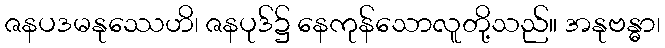
ဇနပဒမနုဿေဟိ၊ ဇနပုဒ်၌ နေကုန်သောလူတို့သည်။ အနုဗန္ဓာ၊